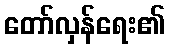
တော်လှန်ရေး၏